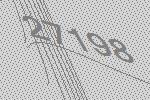
27198